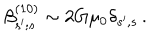
LaTeX: \beta _ { s ^ { \prime } ; s } ^ { ( 1 0 ) } \sim 2 G \mu _ { 0 } \delta _ { s ^ { \prime } , s } \, .